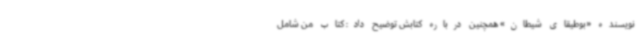
نویسنده «بوطیقای شیطان» همچنین درباره کتابش توضیح داد: کتاب من شامل